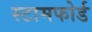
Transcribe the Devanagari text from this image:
स्टामफोर्ड